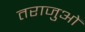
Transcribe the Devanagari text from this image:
तराजुओं